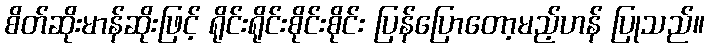
စိတ်ဆိုးမာန်ဆိုးဖြင့် ရိုင်းရိုင်းစိုင်းစိုင်း ပြန်ပြောတော့မည့်ဟန် ပြုသည်။